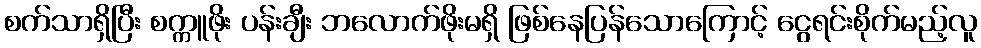
စက်သာရှိပြီး စက္ကူဖိုး ပန်းချီး ဘလောက်ဖိုးမရှိ ဖြစ်နေပြန်သောကြောင့် ငွေရင်းစိုက်မည့်လူ